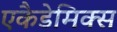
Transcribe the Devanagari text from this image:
एकैडेमिक्स